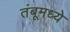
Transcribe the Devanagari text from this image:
तंबूमध्ये